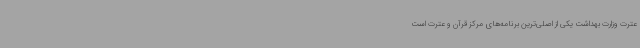
عترت وزارت بهداشت یکی از اصلی‌ترین برنامه‌های مرکز قرآن و عترت است